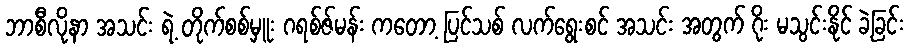
ဘာစီလိုနာ အသင်း ရဲ့ တိုက်စစ်မှူး ဂရစ်ဇ်မန်း ကတော့ ပြင်သစ် လက်ရွေးစင် အသင်း အတွက် ဂိုး မသွင်းနိုင် ခဲ့ခြင်း